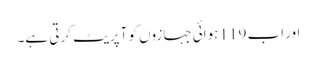
اور اب 119 ہوائی جہازوں کو آپریٹ کرتی ہے۔